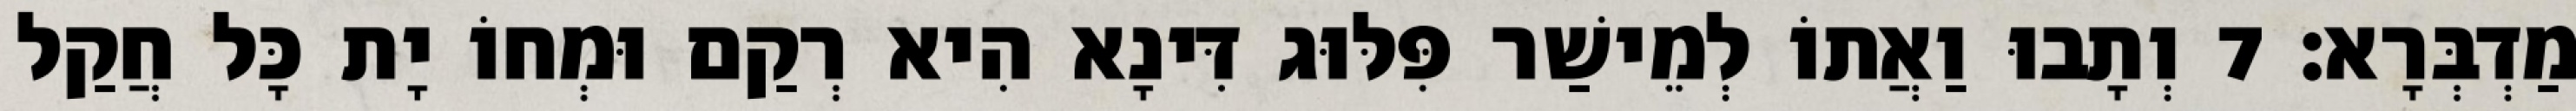
מַדְבְּרָא׃ 7 וְתָבוּ וַאֲתוֹ לְמֵישַׁר פִּלּוּג דִּינָא הִיא רְקַם וּמְחוֹ יָת כָּל חֲקַל